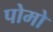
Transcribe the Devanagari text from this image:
पोमो